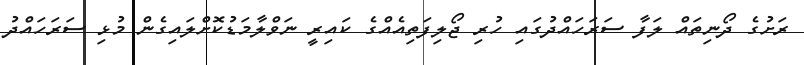
ރަށުގެ ދޯނިތައް ލަފާ ސަރަހައްދުގައި ހުރި ޖޯލިފަތިއެއްގެ ކައިރީ ނަވްލާމަޑުކޮށްލައިގެން މުޅި ސަރަހައްދު